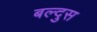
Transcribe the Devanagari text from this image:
बल्दुस